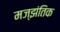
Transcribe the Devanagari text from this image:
मज्झंतिक